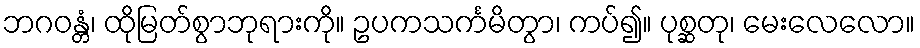
ဘဂဝန္တံ၊ ထိုမြတ်စွာဘုရားကို။ ဥပကသင်္ကမိတွာ၊ ကပ်၍။ ပုစ္ဆတု၊ မေးလေလော။